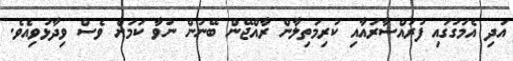
އަދި އެމަގުގައި ފުރައްސާރައާއި ކުރިމަތިލާން ރާއްޖޭން ބޭނުން ނުވާ ކަމަށް ވެސް ވިދާޅުވިއެވެ.